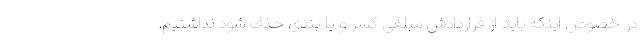
در خصوص اینکه باید از قراردادش مبلغی کسر و یا بندی حذف شود نداشتیم.